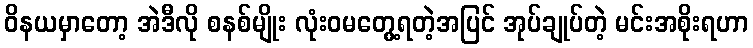
ဝိနယမှာတော့ အဲဒီလို စနစ်မျိုး လုံးဝမတွေ့ရတဲ့အပြင် အုပ်ချုပ်တဲ့ မင်းအစိုးရဟာ